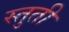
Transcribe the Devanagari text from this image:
स्‍तुती